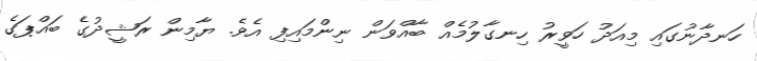
ހަނދާނުގައި މިއަދު ހަވީރު ހިނގާލުމެއް ބާއްވަން ނިންމައިފި އެވެ. ޔާމިން ރަޝީދުގެ ބައްޕަގެ